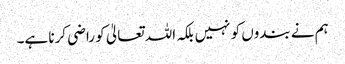
ہم نے بندوں کو نہیں بلکہ اللہ تعالیٰ کو راضی کرنا ہے۔